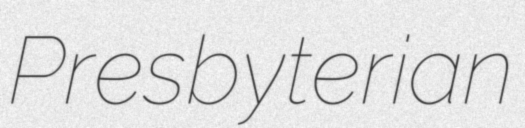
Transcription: Presbyterian